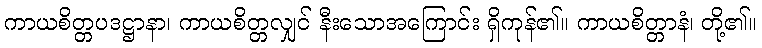
ကာယစိတ္တပဒဋ္ဌာနာ၊ ကာယစိတ္တလျှင် နီးသောအကြောင်း ရှိကုန်၏။ ကာယစိတ္တာနံ၊ တို့၏။